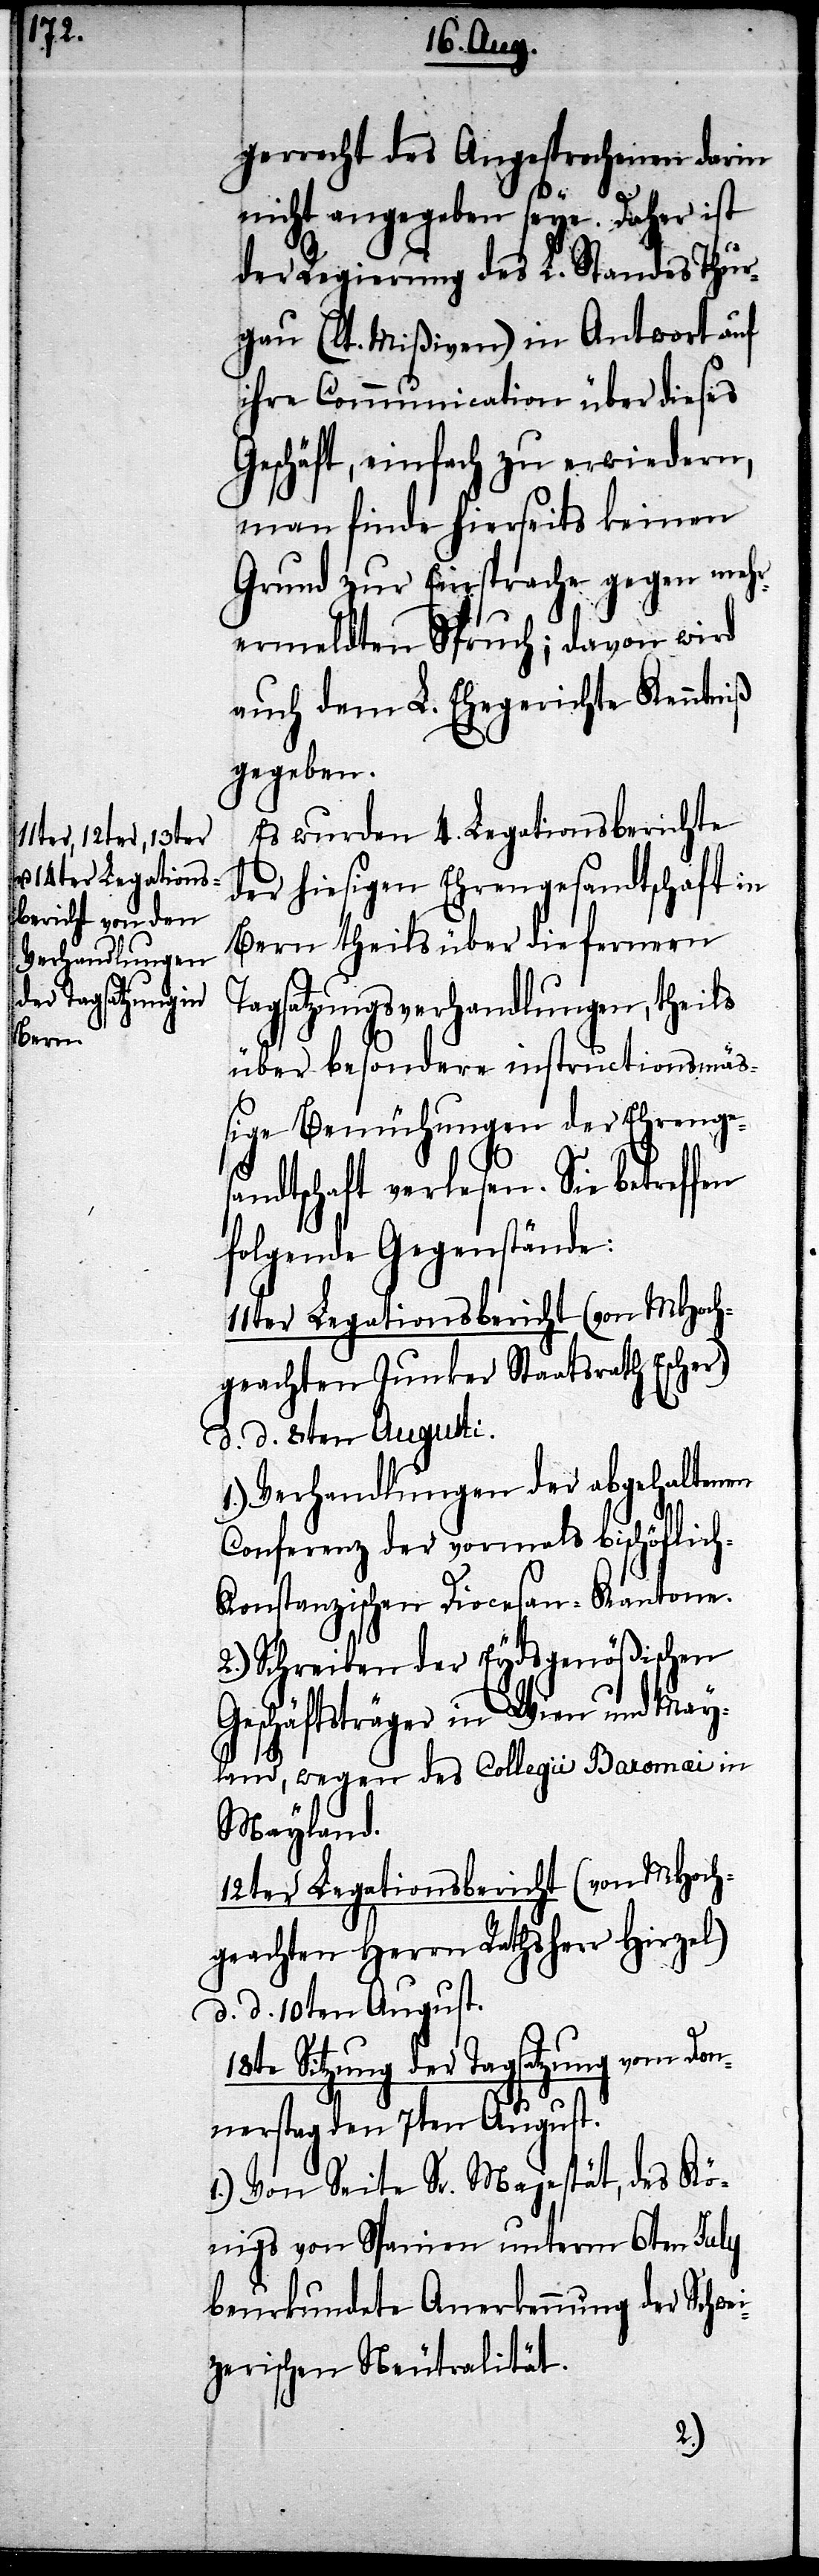
gerrecht des Angesprochenen darin
nicht angegeben seye. Daher ist
der Regierung des L. Standes Thur¬
gau (lt. Mißiven) in Antwort auf
ihre Communication über dieses
Geschäft, einfach zu erwiedern,
man finde hierseits keinen
Grund zur Einsprache gegen mehr¬
ermeldten Spruch; davon wird
auch dem L. Ehegerichte Kenntniß
gegeben.
Es wurden 4. Legationsberichte
der hiesigen Ehrengesandtschaft in
Bern theils über die fernern
Tagsatzungsverhandlungen, theils
über besondere instructionsmäß¬
ige Bemühungen der Ehrenge¬
sandtschaft verlesen. Sie betreffen
folgende Gegenstände:
11ter Legationsbericht (von MHoch¬
geachten Junker Staatsrath Escher),
d. d. 8ten Augusti.
1.) Verhandlungen der abgehaltenen
Conferenz der vormals bischöflich-k¬
onstanzischen Diocesan-Kantone.
2.) Schreiben der Eydsgenößischen
Geschäftsträger in Wien und May¬
land, wegen des Collegii Baromæi
Mayland.
12ter Legationsbericht (von MHoch¬
geachten Herrn Rathsherr Hirzel)
d. d. 10ten August.
18te Sitzung der Tagsatzung vom Don¬
nerstag den 7ten August.
1.) Von Seite Sr. Majestät, des Kö¬
nigs von Spanien unterm 6ten July
beurkundete Anerkennung der Schwei¬
zerischen Neutralität.